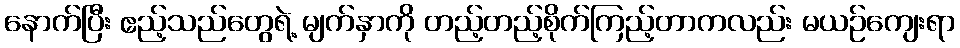
နောက်ပြီး ဧည့်သည်တွေရဲ့ မျက်နှာကို တည့်တည့်စိုက်ကြည့်တာကလည်း မယဉ်ကျေးရာ